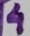
Text: 4